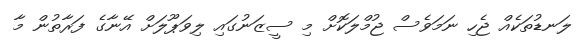
ލަނޑުތަކެއް ޖެހި ނަމަވެސް ޖުމްލަކޮށް މި ސީޒަނުގައި ލިވަޕޫލަށް އޭނާގެ ފަރާތުން މާ